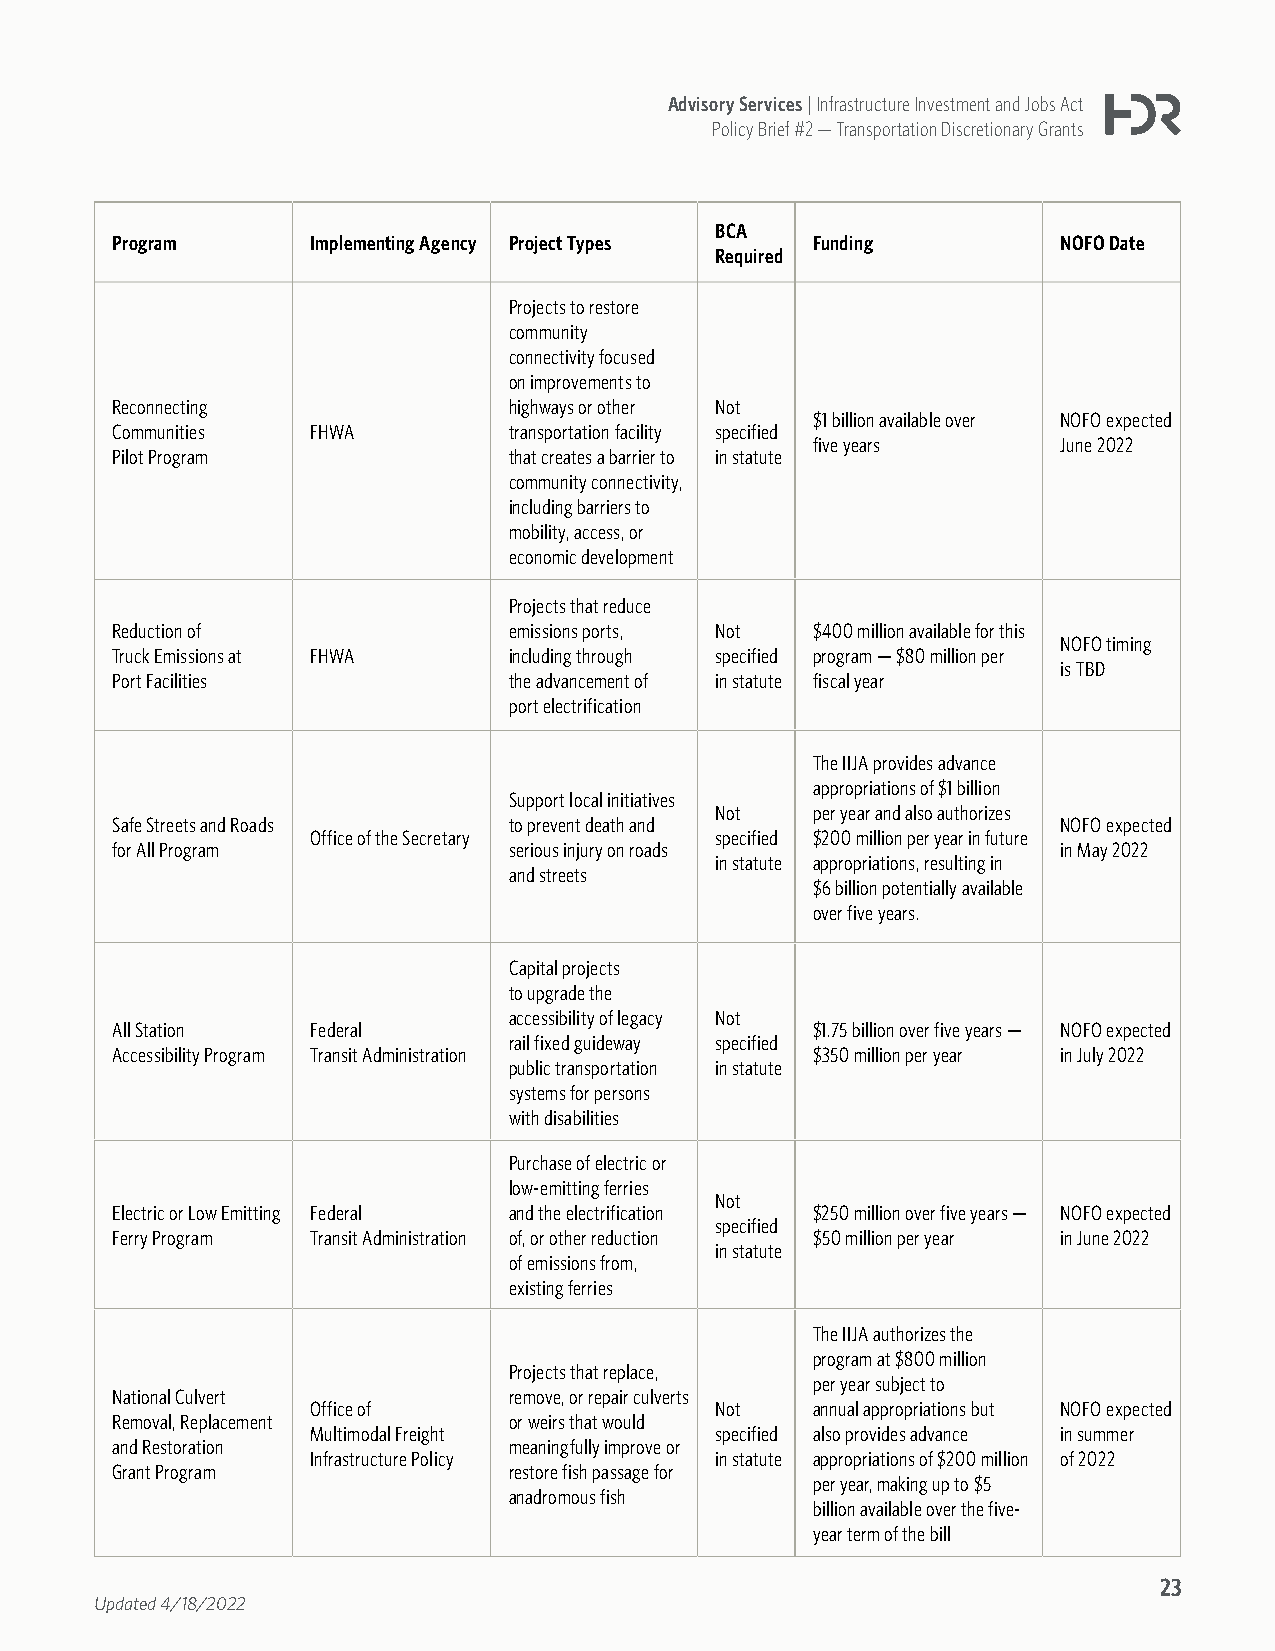
Advisory Services | Infrastructure Investment and Jobs Act
 Policy Brief #2 — Transportation Discretionary Grants
 BCA
 Program       Implementing Agency Project Types Funding        NOFO Date
 Required
 Projects to restore
 community
 connectivity focused
 on improvements to
 Reconnecting               highways or other Not
 $1 billion available over NOFO expected
 Communities   FHWA         transportation facility specified
 five years      June 2022
 Pilot Program              that creates a barrier to in statute
 community connectivity,
 including barriers to
 mobility, access, or
 economic development
 Projects that reduce
 Reduction of               emissions ports, Not $400 million available for this
 NOFO timing
 Truck Emissions at FHWA    including through specified program — $80 million per
 is TBD
 Port Facilities            the advancement of in statute fiscal year
 port electrification
 The IIJA provides advance
 appropriations of $1 billion
 Support local initiatives
 Not    per year and also authorizes
 Safe Streets and Roads     to prevent death and                NOFO expected
 Office of the Secretary   specified $200 million per year in future
 for All Program            serious injury on roads             in May 2022
 in statute appropriations, resulting in
 and streets
 $6 billion potentially available
 over five years.
 Capital projects
 to upgrade the
 accessibility of legacy Not
 All Station   Federal                          $1.75 billion over five years — NOFO expected
 rail fixed guideway specified
 Accessibility Program Transit Administration   $350 million per year in July 2022
 public transportation in statute
 systems for persons
 with disabilities
 Purchase of electric or
 low-emitting ferries
 Not
 Electric or Low Emitting Federal and the electrification $250 million over five years — NOFO expected
 specified
 Ferry Program Transit Administration of, or other reduction $50 million per year in June 2022
 in statute
 of emissions from,
 existing ferries
 The IIJA authorizes the
 program at $800 million
 Projects that replace,
 per year subject to
 National Culvert           remove, or repair culverts
 Office of                 Not    annual appropriations but NOFO expected
 Removal, Replacement       or weirs that would
 Multimodal Freight        specified also provides advance in summer
 and Restoration            meaningfully improve or
 Infrastructure Policy     in statute appropriations of $200 million of 2022
 Grant Program              restore fish passage for
 per year, making up to $5
 anadromous fish
 billion available over the five-
 year term of the bill
 23
 Updated 4/18/2022